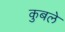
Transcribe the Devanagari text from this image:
कुबले